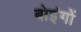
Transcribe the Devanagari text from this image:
बोइंगों